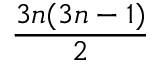
\frac { 3 n ( 3 n - 1 ) } { 2 }